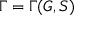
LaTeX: \Gamma = \Gamma ( G , S )